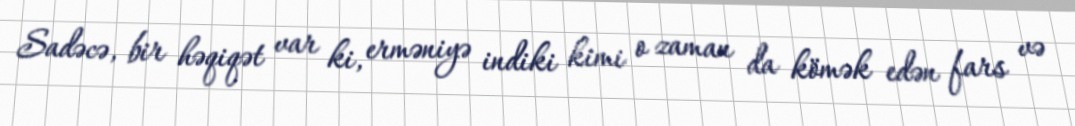
Sadəcə, bir həqiqət var ki, erməniyə indiki kimi o zaman da kömək edən fars və